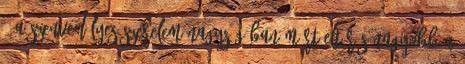
. A szenvedélyes szerelem nagyságában mért eltérés nagyobb a